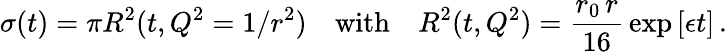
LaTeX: \sigma(t)=\pi R^{2}(t,Q^{2}=1/r^{2})\quad\mathrm{with}\quad R^{2}(t,Q^{2})={\frac{r_{0}\, r}{16}}\exp\left[\epsilon t\right]\, .